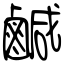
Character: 鹹